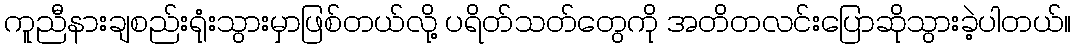
ကူညီနားချစည်းရုံးသွားမှာဖြစ်တယ်လို့ ပရိတ်သတ်တွေကို အတိတလင်းပြောဆိုသွားခဲ့ပါတယ်။